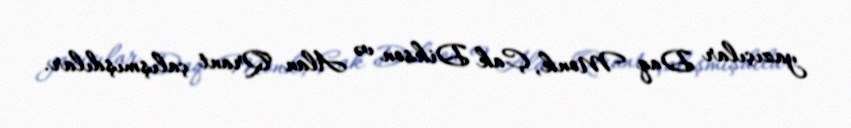
yazıçılar Daq Monk, Çak Dikson və Alan Qrant çalışmışdılar.